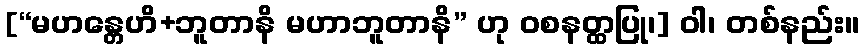
[“မဟန္တေဟိ+ဘူတာနိ မဟာဘူတာနိ” ဟု ဝစနတ္ထပြု၊] ဝါ၊ တစ်နည်း။